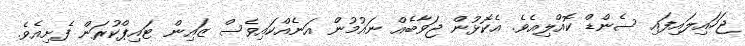
ޖަހައިލައިފައި ސެންޑް ކޮއްލިއެވެ. އެކޮޅުން ޖަވާބެއް ނައުމުން އަނެއްކައިވެސް ޒައިން ޓައިޕްކުރަން ފެށިއެވެ.